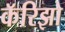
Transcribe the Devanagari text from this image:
कॅरिझो